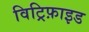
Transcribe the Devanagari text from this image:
विट्रिफ़ाइड